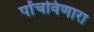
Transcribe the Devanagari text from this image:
पोंचविणारा